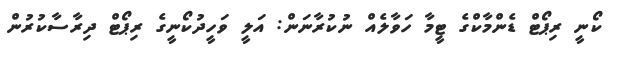
ކޯނީ ރިޕޯޓް ޑެންމާކްގެ ޓީމާ ހަވާލެއް ނުކުރާނަން: އަލީ ވަހީދުކޯނީގެ ރިޕޯޓް ދިރާސާކުރުން